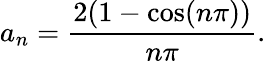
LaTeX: a_{n}=\frac{2(1-\cos(n\pi))}{n\pi}.